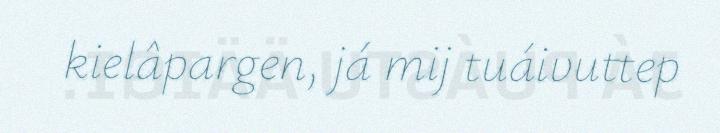
kielâpargen, já mij tuáivuttep